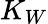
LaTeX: K_{W}